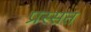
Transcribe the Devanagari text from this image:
प्रस्सत